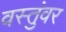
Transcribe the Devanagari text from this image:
वस्तुंवर